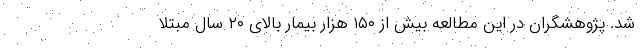
شد. پژوهشگران در این مطالعه بیش از ۱۵۰ هزار بیمار بالای ۲۰ سال مبتلا